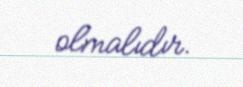
olmalıdır.